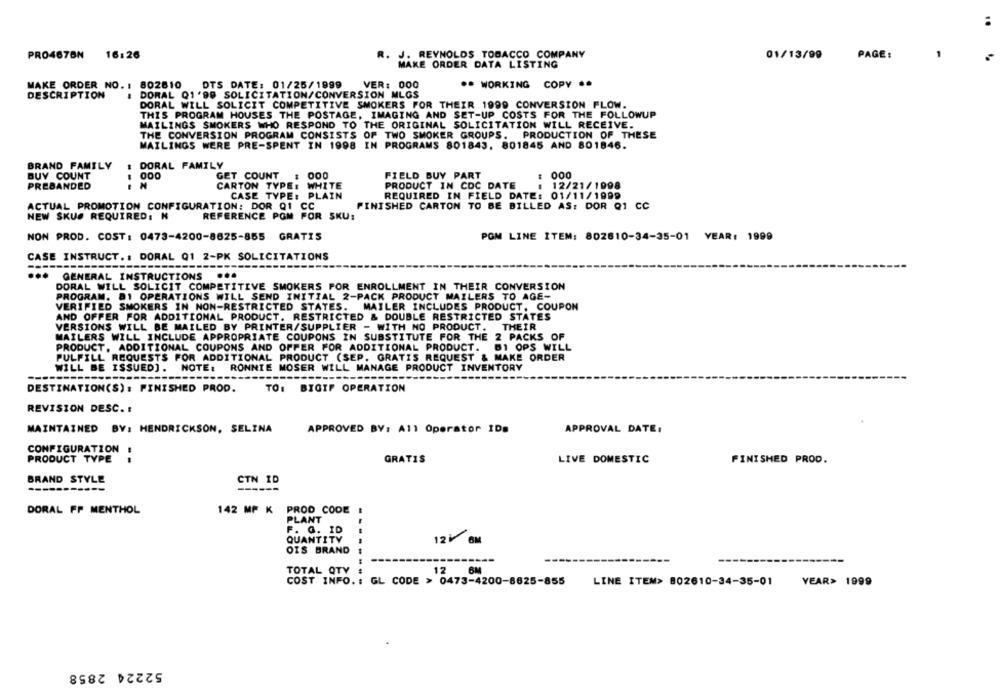
PRO4678N 16:26
. J. REYNOLDS TOBACCO COMPANY
01/13/99
PAGE:
MAKE ORDER DATA LISTING
DTS DATE: 01/25/1999
VER: 000
.* WORKING COPY ..
MAKE ORDER NO. : 802810
DESCRIPTION
DORAL Q1'90 SOLICITATION/CONVERSION MLGS
DORAL WILL SOLICIT COMPETITIVE SMOKERS FOR THEIR 1999 CONVERSION FLOW.
THIS PROGRAM HOUSES THE POSTAGE, IMAGING AND SET-UP COSTS FOR THE FOLLOWUP
MAILINGS SMOKERS WHO RESPOND TO THE ORIGINAL SOLICITATION WILL RECEIVE.
THE CONVERSION PROGRAM CONSISTS OF TWO SMOKER GROUPS. PRODUCTION OF THESE
MAILINGS WERE PRE-SPENT IN 1998 IN PROGRAMS 801843. 801845 AND 801846.
BRAND FAMILY
# DORAL FAMILY
: 000
BUY COUNT
000
GET COUNT : 000
FIELD BUY PART
PREBANDED
CARTON TYPE: WHITE
PRODUCT IN CDC DATE
12/21/1998
CASE TYPE: PLAIN
REQUIRED IN FIELD DATE: 01/11/1999
ACTUAL PROMOTION CONFIGURATION: DOR Q1 CC
FINISHED CARTON TO BE BILLED AS: DOR Q1 CC
NEW SKUS REQUIRED: K
REFERENCE PGM FOR SKU:
NON PROD. COST: 0473-4200-8625-855 GRATIS
PGM LINE ITEM: 802810-34-35-01 YEAR: 1999
CASE INSTRUCT .: DORAL Q1 2-PK SOLICITATIONS
..
GENERAL INSTRUCTIONS
...
DORAL WILL SOLICIT COMPETITIVE SMOKERS POR ENROLLMENT IN THEIR CONVERSION
PROGRAM. 81 OPERATIONS WILL SEND INITIAL 2-PACK PRODUCT MAILERS TO AGE-
VERIFIED SMOKERS IN NON-RESTRICTED STATES.
MAILER INCLUDES PRODUCT, COUPON
AND OFFER FOR ADDITIONAL PRODUCT. RESTRICTED & DOUBLE RESTRICTED STATES
VERSIONS WILL BE MAILED BY PRINTER/SUPPLIER - WITH NO PRODUCT.
THEIR
MAILERS WILL INCLUDE APPROPRIATE COUPONS IN SUBSTITUTE FOR THE
2 PACKS OF
PRODUCT. ADDITIONAL COUPONS AND OFFER FOR ADDITIONAL PRODUCT.
BI OPS WILL
FULFILL REQUESTS FOR ADDITIONAL PRODUCT (SEP. GRATIS REQUEST & MAKE ORDER
WILL BE ISSUED) .
NOTE :
RONNIE MOSER WILL MANAGE PRODUCT INVENTORY
---
DESTINATION(S): FINISHED PROD.
TO: BIGIF OPERATION
REVISION DESC. :
MAINTAINED BY: HENDRICKSON, SELINA
APPROVED BY: All Operator IDs
APPROVAL DATE:
CONFIGURATION
PRODUCT TYPE
GRATIS
LIVE DOMESTIC
FINISHED PROD.
BRAND STYLE
CTN ID
DORAL FF MENTHOL
142 MP K PROD CODE !
PLANT
F. G. ID
QUANTITY
12 6M
OIS BRAND
TOTAL QTY
12
BM
COST INFO. : GL CODE > 0473-4200-8625-855
LINE ITEM> 802610-34-35-01
YEAR> 1999
52224 2858